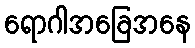
ရောဂါအခြေအနေ